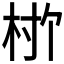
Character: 𬂨